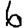
Digit: 6